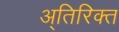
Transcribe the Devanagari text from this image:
अ्तिरिक्त